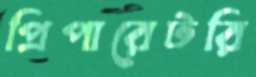
প্রিপারেটরি